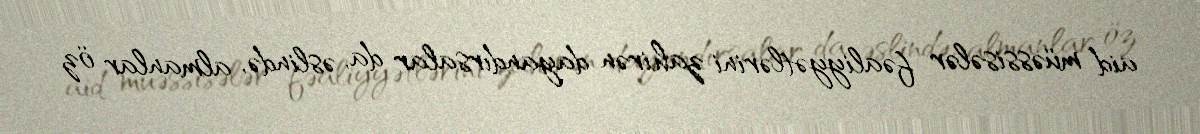
aid müəssisələr fəaliyyətlərini zahirən dayandırsalar da, əslində, almanlar öz